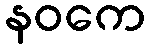
နဝကေ